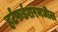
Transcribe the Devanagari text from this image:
हर्टफर्डशरमधील